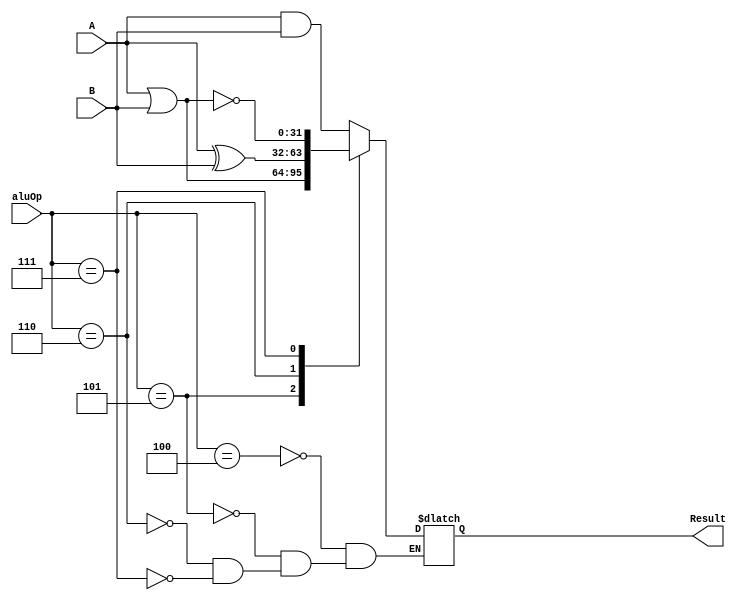
module logical( A,  B, aluOp, Result);
input [31:0] A,B;
input [3:0] aluOp;
output reg [31:0] Result;
//Case para cada caso del ALU
always @(*)
    begin
        case(aluOp)
 	//And 
        4'b0100:
           Result = A & B;
	//Or
        4'b0101:
           Result = A | B;
	//Xor
        4'b0110:
           Result = A ^ B;
   //Nor
        4'b0111:
           Result = ~ (A | B);
        endcase

    end
endmodule